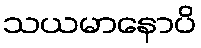
သယမာနောပိ